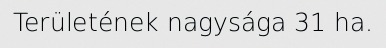
Területének nagysága 31 ha.